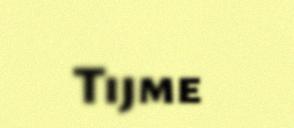
Tijme